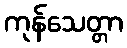
ကုန်သေတ္တာ